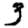
Digit: 3